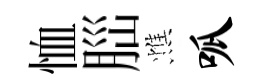
恤𦛁憔呱